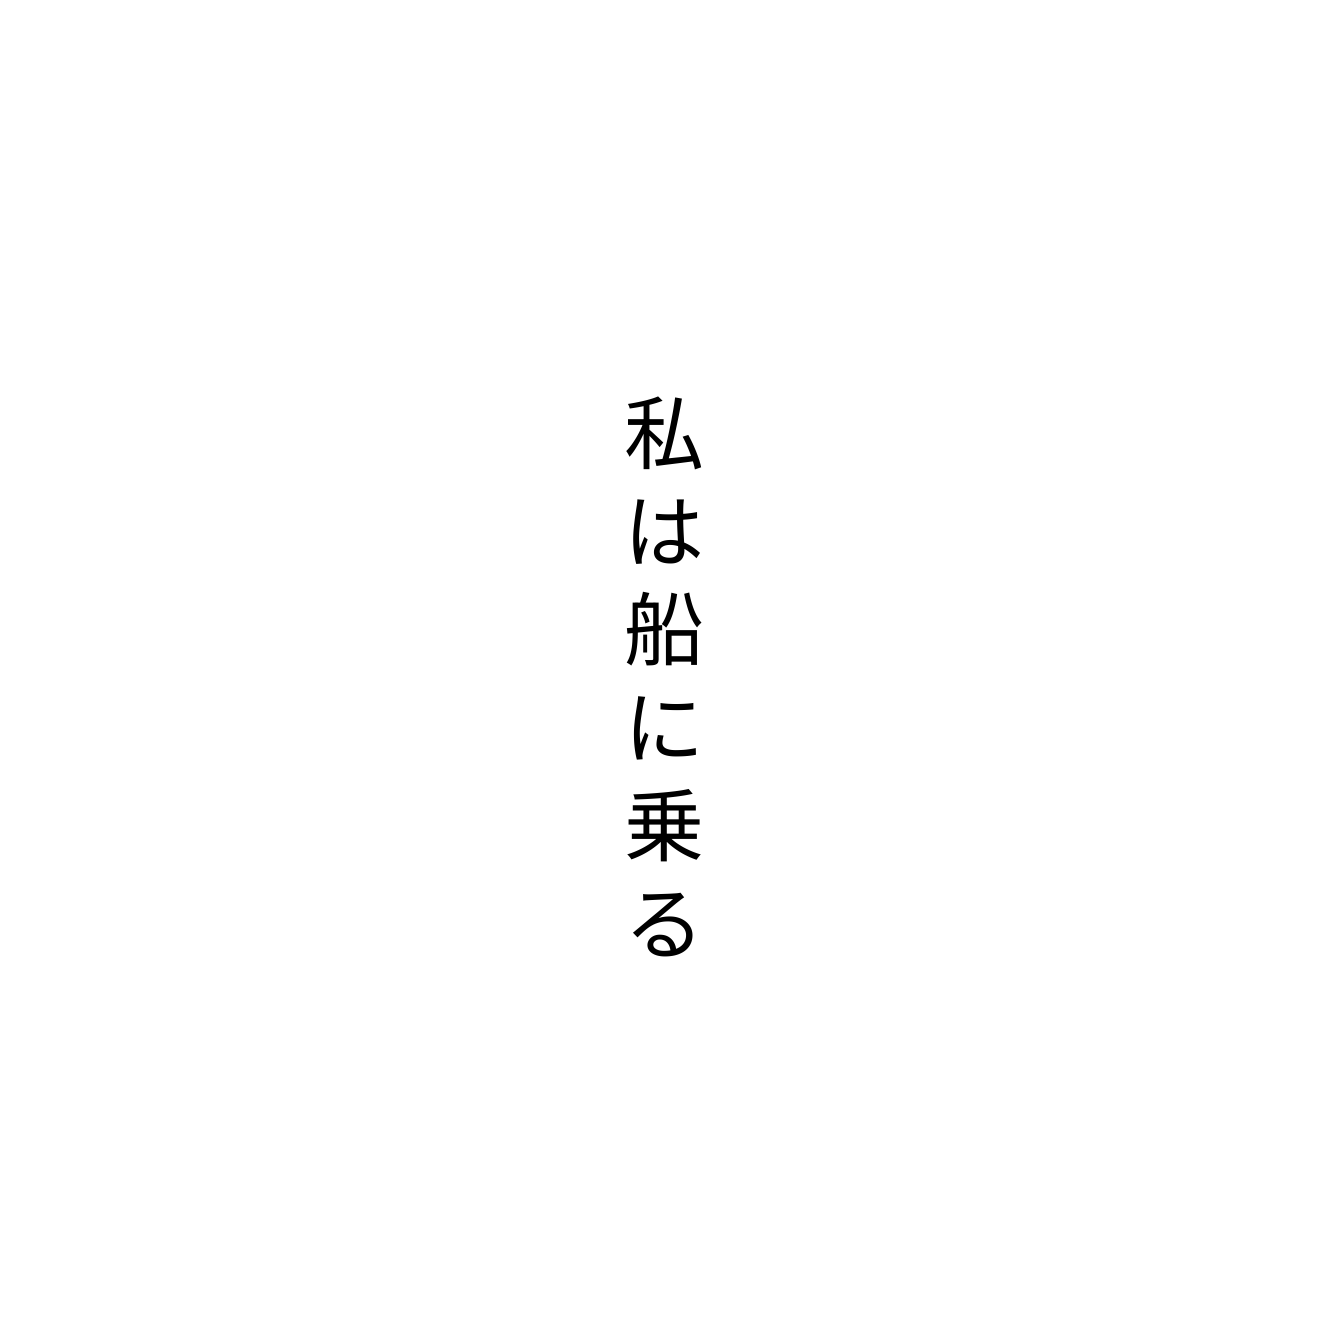
私は船に乗る